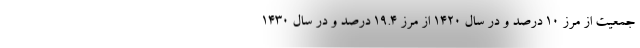
جمعیت از مرز ۱۰ درصد و در سال ۱۴۲۰ از مرز ۱۹.۴ درصد و در سال ۱۴۳۰